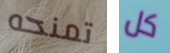
تمنحه كل